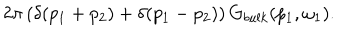
2 \pi \left( \delta ( p _ { 1 } + p _ { 2 } ) + \delta ( p _ { 1 } - p _ { 2 } ) \right) G _ { b u l k } ( p _ { 1 } , \omega _ { 1 } ) .